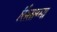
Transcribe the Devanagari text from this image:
सिंताग्मा